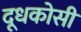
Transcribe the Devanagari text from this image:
दूधकोसी